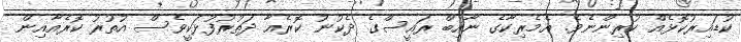
ކުޑައިރުކޮޅެއް ކުރިންނެވެ. އެމެރިކާގެ ނާއިބް ރައީސްގެ ދެކުނު ކޮރެއާ ދަތުރުފުޅަކީވެސް އުތުރު ކޮރެއާއިން